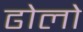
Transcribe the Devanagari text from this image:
ढोलो